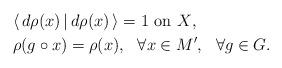
LaTeX: \begin{align*}&\mbox{$\langle\,d\rho(x)\,|\,d\rho(x)\,\rangle=1$ on $X$},\\&\rho(g\circ x)=\rho(x),\ \ \forall x\in M',\ \ \forall g \in G.\end{align*}